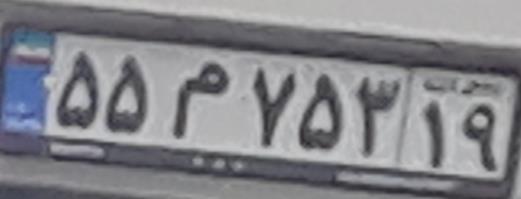
۵۵م۷۵۳۱۹